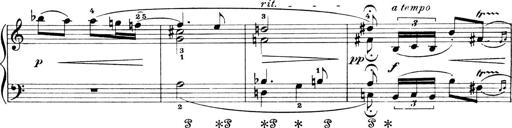
Title: 4 Sonatines
Composer: Max Reger